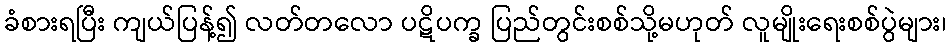
ခံစားရပြီး ကျယ်ပြန့်၍ လတ်တလော ပဋိပက္ခ ပြည်တွင်းစစ်သို့မဟုတ် လူမျိုးရေးစစ်ပွဲများ၊